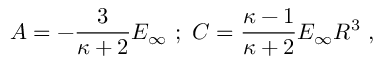
A = - { \frac { 3 } { \kappa + 2 } } E _ { \infty } \ ; \ C = { \frac { \kappa - 1 } { \kappa + 2 } } E _ { \infty } R ^ { 3 } \ ,